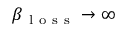
\beta _ { \mathrm { ~ l ~ o ~ s ~ s ~ } } \rightarrow \infty